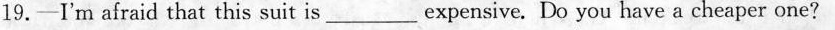
19.-I'm afraid that this suit is \underline expensive.Do you have a cheaper one?